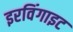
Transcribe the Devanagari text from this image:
इरविंगाइट